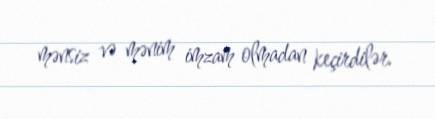
mənsiz və mənim imzam olmadan keçirdilər.